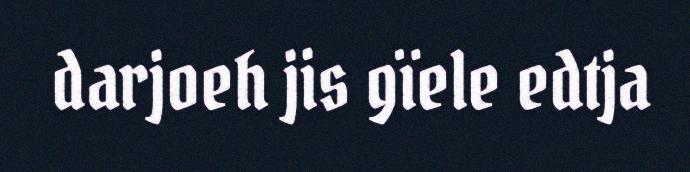
darjoeh jis gïele edtja